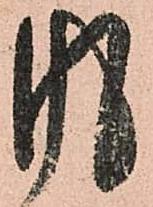
風